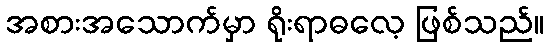
အစားအသောက်မှာ ရိုးရာဓလေ့ ဖြစ်သည်။